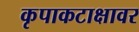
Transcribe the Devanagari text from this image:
कृपाकटाक्षावर